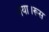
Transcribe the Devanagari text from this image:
गया।रूस